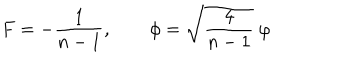
LaTeX: F = - \frac 1 { n - 1 } , \qquad \phi = \sqrt { \frac 4 { n - 1 } } \ \varphi